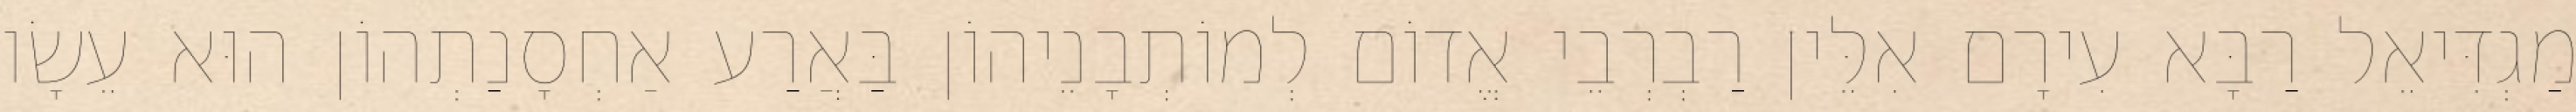
מַגְדִּיאֵל רַבָּא עִירָם אִלֵּין רַבְרְבֵי אֱדוֹם לְמוֹתְבָנֵיהוֹן בַּאֲרַע אַחְסָנַתְהוֹן הוּא עֵשָׂו